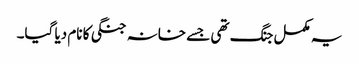
یہ مکمل جنگ تھی جسے خانہ جنگی کا نام دیا گیا۔